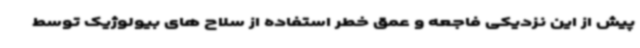
پیش از این نزدیکی فاجعه و عمق خطر استفاده از سلاح های بیولوژیک توسط